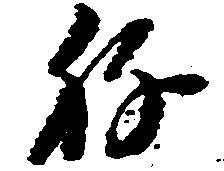
ね